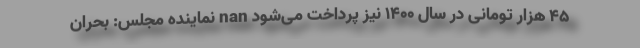
۴۵ هزار تومانی در سال ۱۴۰۰ نیز پرداخت می‌شود nan نماینده مجلس: بحران